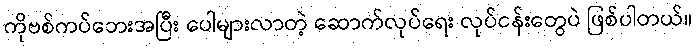
ကိုဗစ်ကပ်ဘေးအပြီး ပေါများလာတဲ့ ဆောက်လုပ်ရေး လုပ်ငန်းတွေပဲ ဖြစ်ပါတယ်။